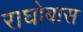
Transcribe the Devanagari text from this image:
राघोबास